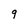
Character: 9